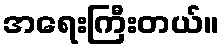
အရေးကြီးတယ်။